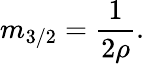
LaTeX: m_{3/2}=\frac{1}{2\rho}.